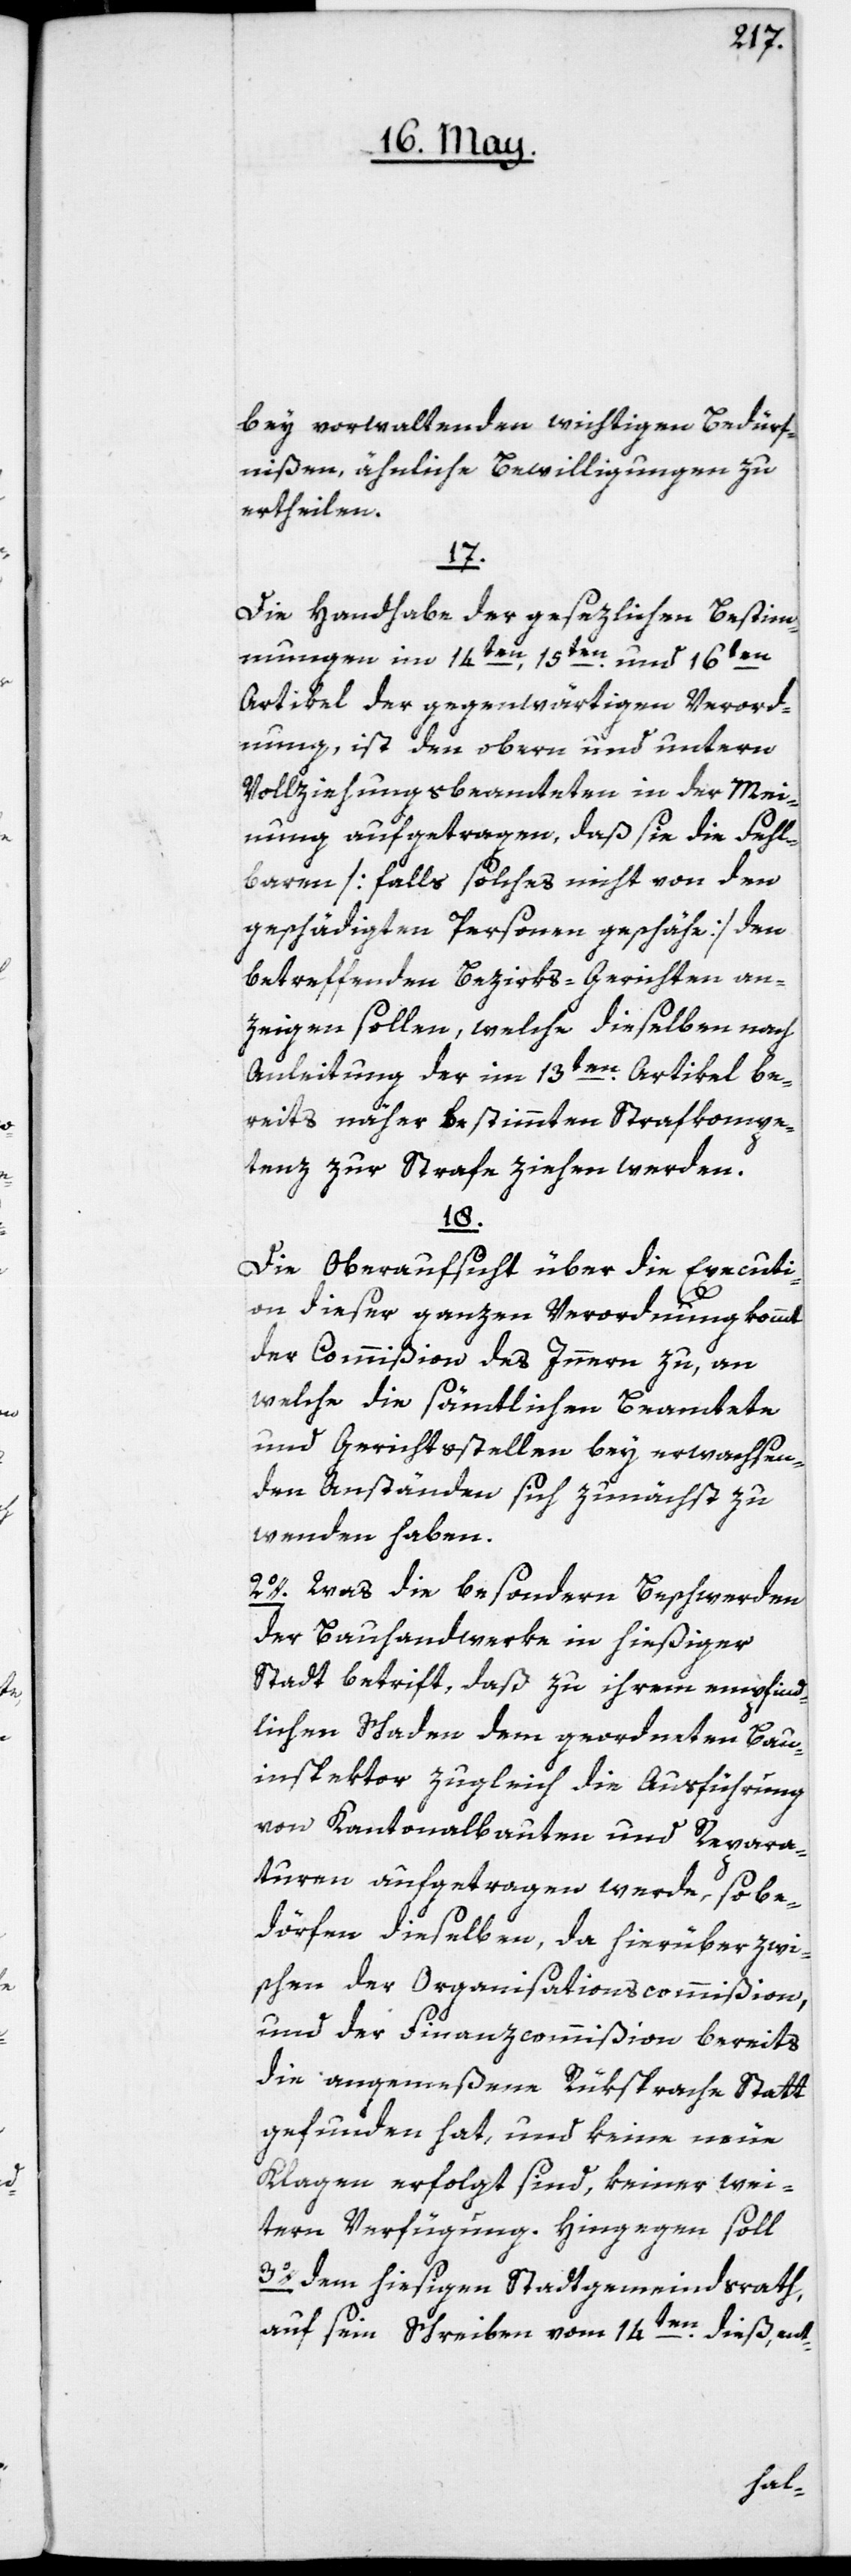
bey vorwaltenden wichtigen Bedürf¬
nißen ähnliche Bewilligungen zu
ertheilen.
17.
Die Handhabe der gesezlichen Bestim¬
mungen im 14ten, 15ten und 16ten
Artikel der gegenwärtigen Verord¬
nung, ist den obern und untern
Vollziehungsbeamteten in der Mei¬
nung aufgetragen, daß sie die Fehl¬
baren [falls solches nicht von den
geschädigten Personen geschähe] den
betreffenden Bezirks-Gerichten an¬
zeigen sollen, welche dieselben nach
Anleitung der im 13ten Artikel be¬
reits näher bestimmten Strafkompe¬
tenz zur Strafe ziehen werden.
18.
Die Oberaufsicht über die Executi¬
on dieser ganzen Verordnung kommt
der Commißion des Innern zu, an
welche die sämtlichen Beamtete
und Gerichtsstellen bey erwachsen¬
den Anständen sich zunächst zu
wenden haben.
2o. Was die besondern Beschwerden
der Bauhandwerke in hießiger
Stadt betrifft, daß zu ihrem empfind¬
lichen Schaden dem geordneten Bau¬
inspektor zugleich die Ausführung
von Kantonalbauten und Repara¬
turen aufgetragen werde, so be¬
dörfen dieselben, da hierüber zwi¬
schen der Organisationscommißion,
und der Finanzcommißion bereits
die angemeßene Rüksprache Statt
gefunden hat, und keine neue
Klagen erfolgt sind, keiner wei¬
tern Verfügung. Hingegen soll
3o. dem hiesigen Stadtgemeindsrath,
auf sein Schreiben vom 14ten dieß, ent-